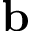
{ \mathbf b }